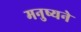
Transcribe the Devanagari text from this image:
मनुष्यने